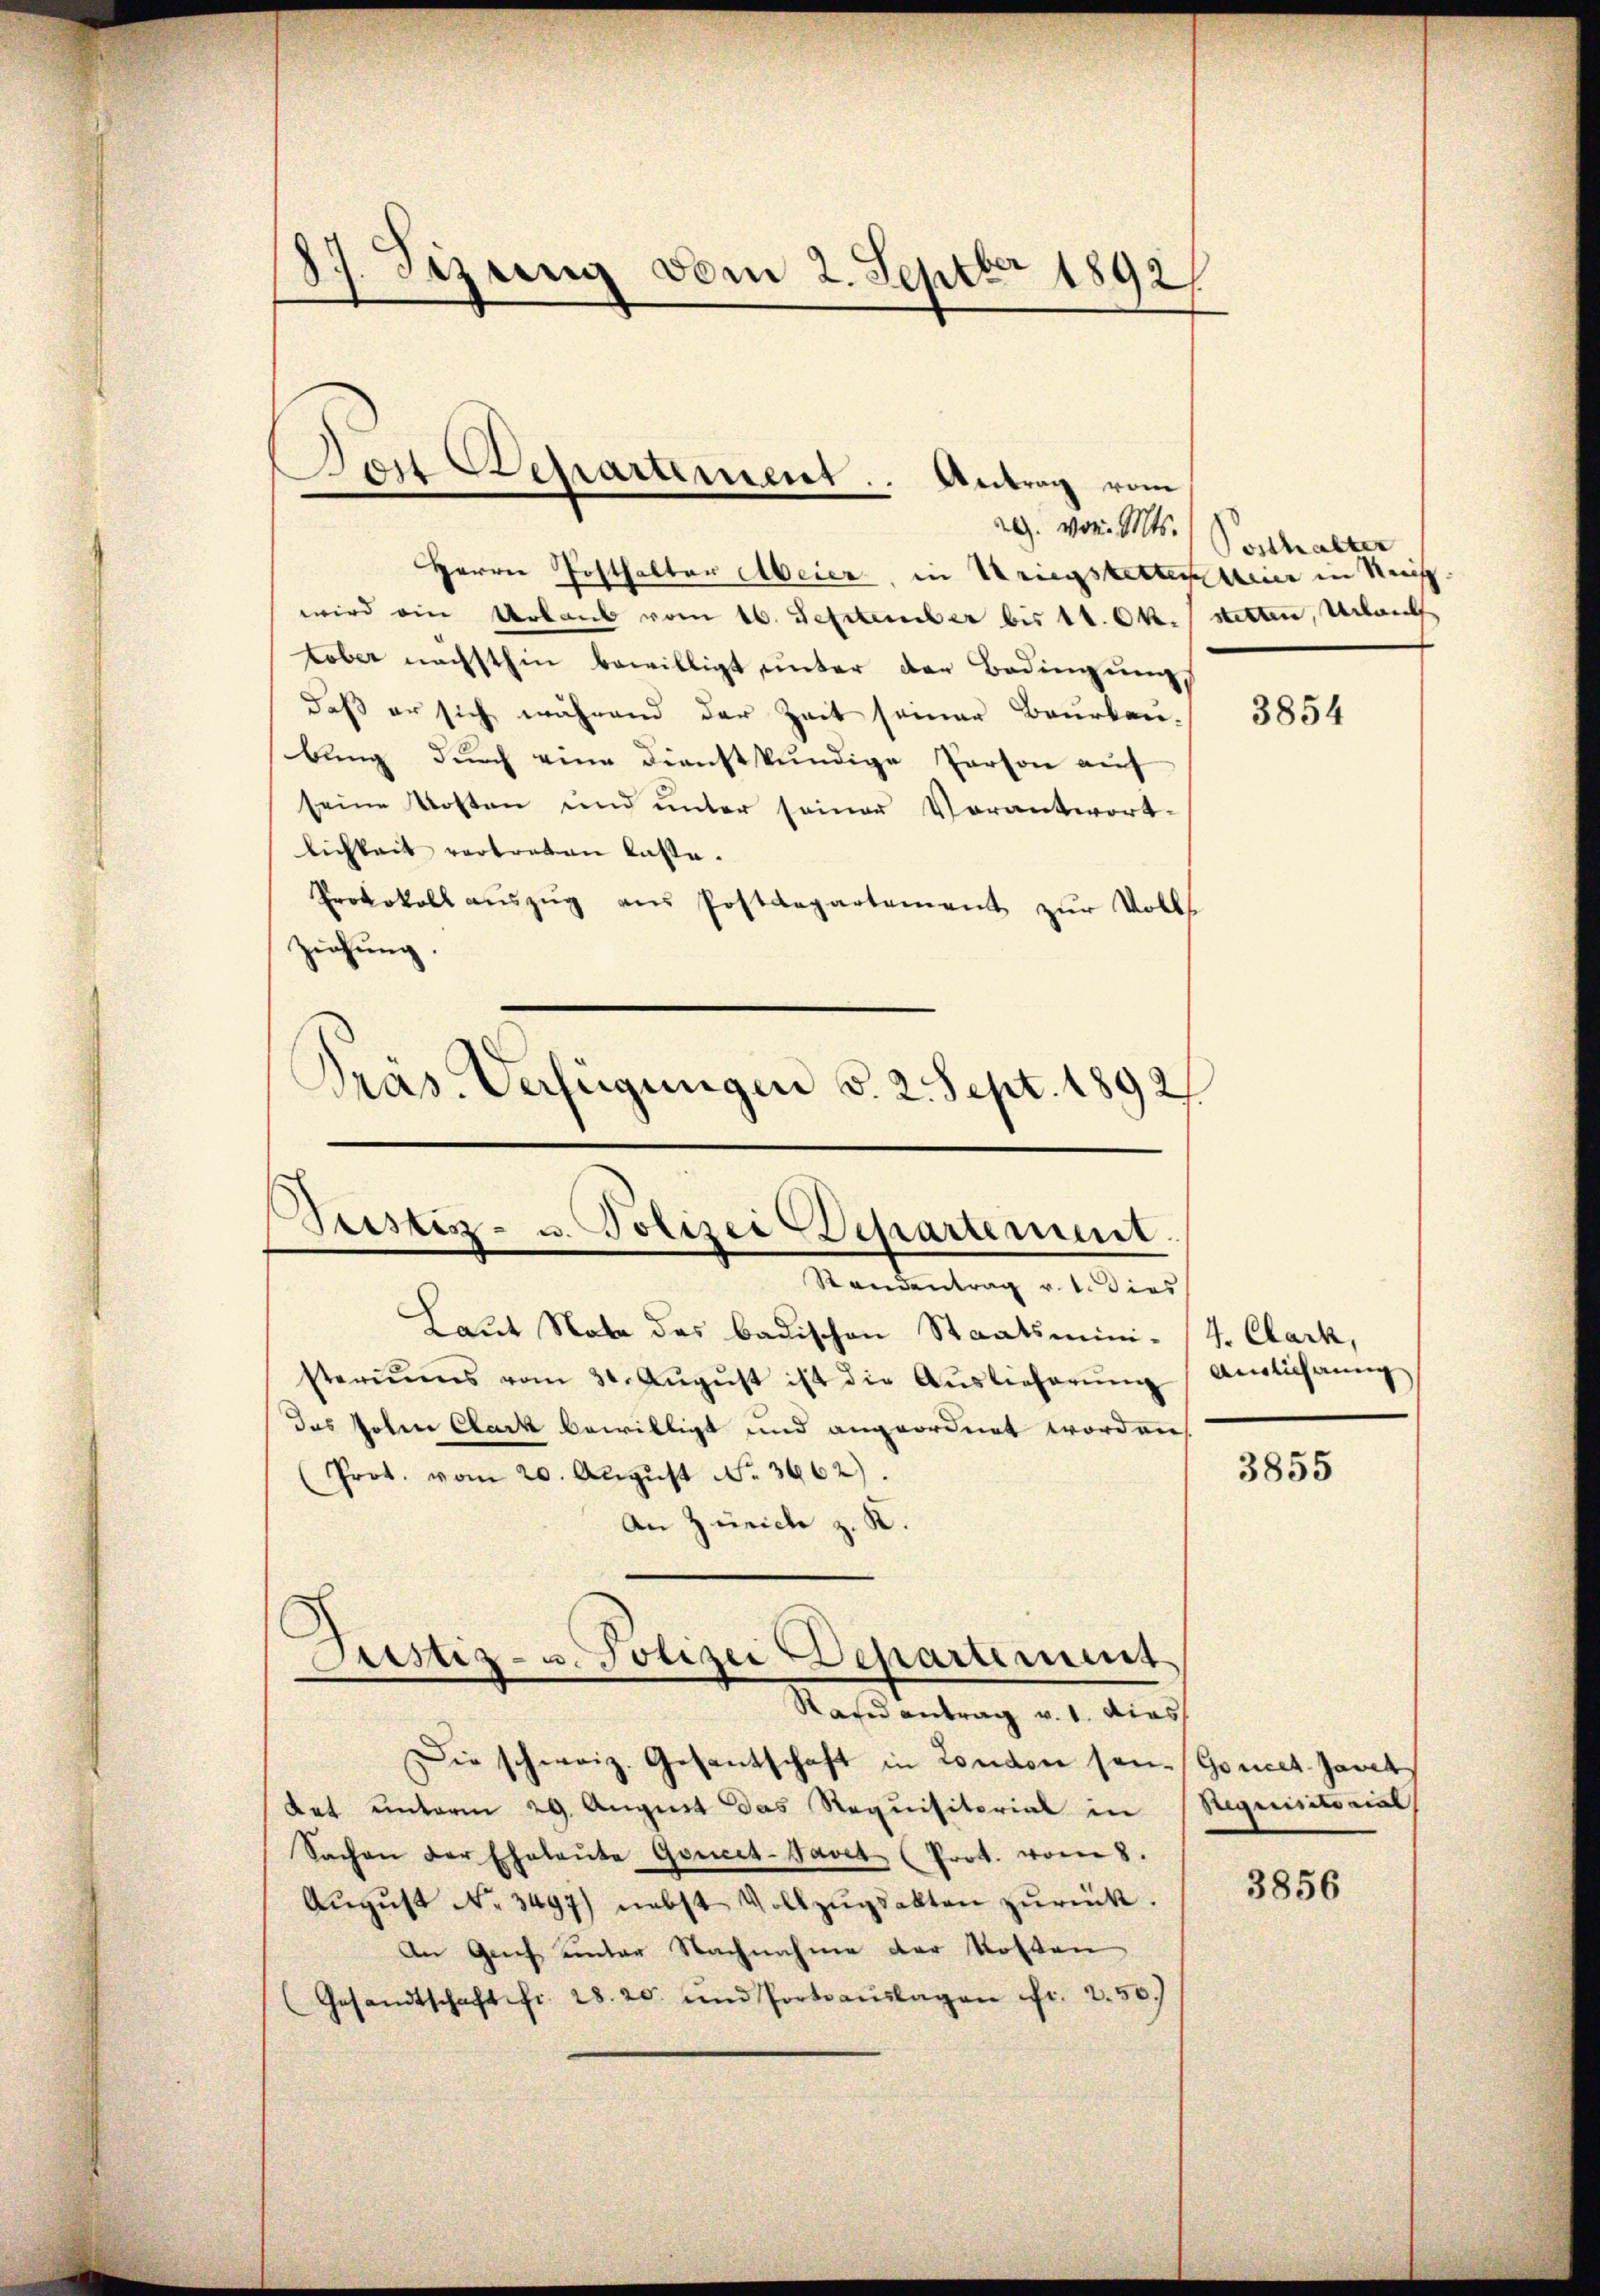
87. Sizung vom 2. Septbr 1892/

Bei Departement. Antrag vom

29. von St. Posthalter
Herrn Posthalter Meier, in Kriegsketterteier in Rech
wird ein Urlaub vom 16. September bis 14. Okt. stetten, Urlauf
tober nächsthin bewilligt unter der Bedingung
daß er sich während der Zeit seiner Beurkaubung durch eine dienstkundige Person auf
seine Kosten und unter seiner Verantwort-
lichkeit vertreten lasse.
Protokoll aŭszŭg ans Postdepartement zur Volls
ziehung.
Pras. Verfügungen d. 2. Sept. 1892/

Justiz- u. Polizei Departement.
Randentrag v. 1. Dies

Laut Note des badischen Staatsmini- (4. Clark,
steriums vom 30. Aŭgŭst ist die Aŭslieferŭng Anlehnŭng
Das Polen Clark bewilligt und angeordnet worden
Prot. vom 20. August No. 3662).
An Zürich z. R.
Rand antrag v. 1. dies
Die schweiz. Gesantschaft in London son-Goncet. Janet
Rat unterm 29. August das Requisitorial in Requisitorial
Sachen der Eheleŭte Goucet-Javet (Prot. vom 8.
Aŭgŭst No. 3497) nebst Vollzŭgsakten zŭrück.
An Gries unter Nachnahme der Kosten
Gesandtschaft fr. 28. 20. und Portoauslagen fr. 2.50.)

Justiz- u. Polizei Departement

3854

3855

3856